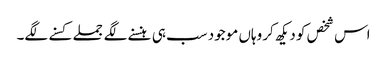
اس شخص کو دیکھ کر وہاں موجود سب ہی ہنسنے لگے جملے کسنے لگے۔